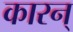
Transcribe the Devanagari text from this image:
कारन्